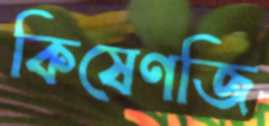
কিষেণজি